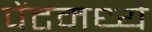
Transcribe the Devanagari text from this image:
पेंटमध्ये